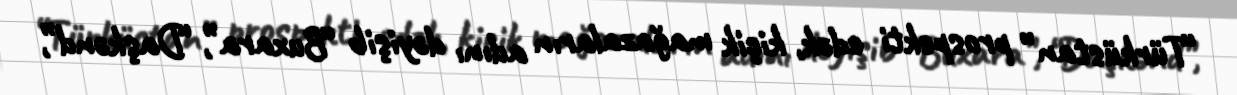
“Türküstan” prospekti edək, kiçik mağazaların adını dəyişib “Buxara”, “Daşkənd”,